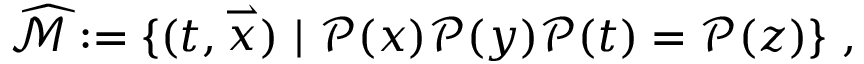
\widehat { { \mathcal { M } } } : = \{ ( t , \stackrel { \rightharpoonup } { x } ) \ | \ { \mathcal { P } } ( x ) { \mathcal { P } } ( y ) { \mathcal { P } } ( t ) = { \mathcal { P } } ( z ) \} \ ,